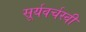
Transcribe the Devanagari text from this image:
सूर्यवर्चस्वी